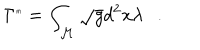
LaTeX: \Gamma ^ { \tiny { m } } = \int _ { \cal M } \sqrt { g } d ^ { 2 } x \lambda .